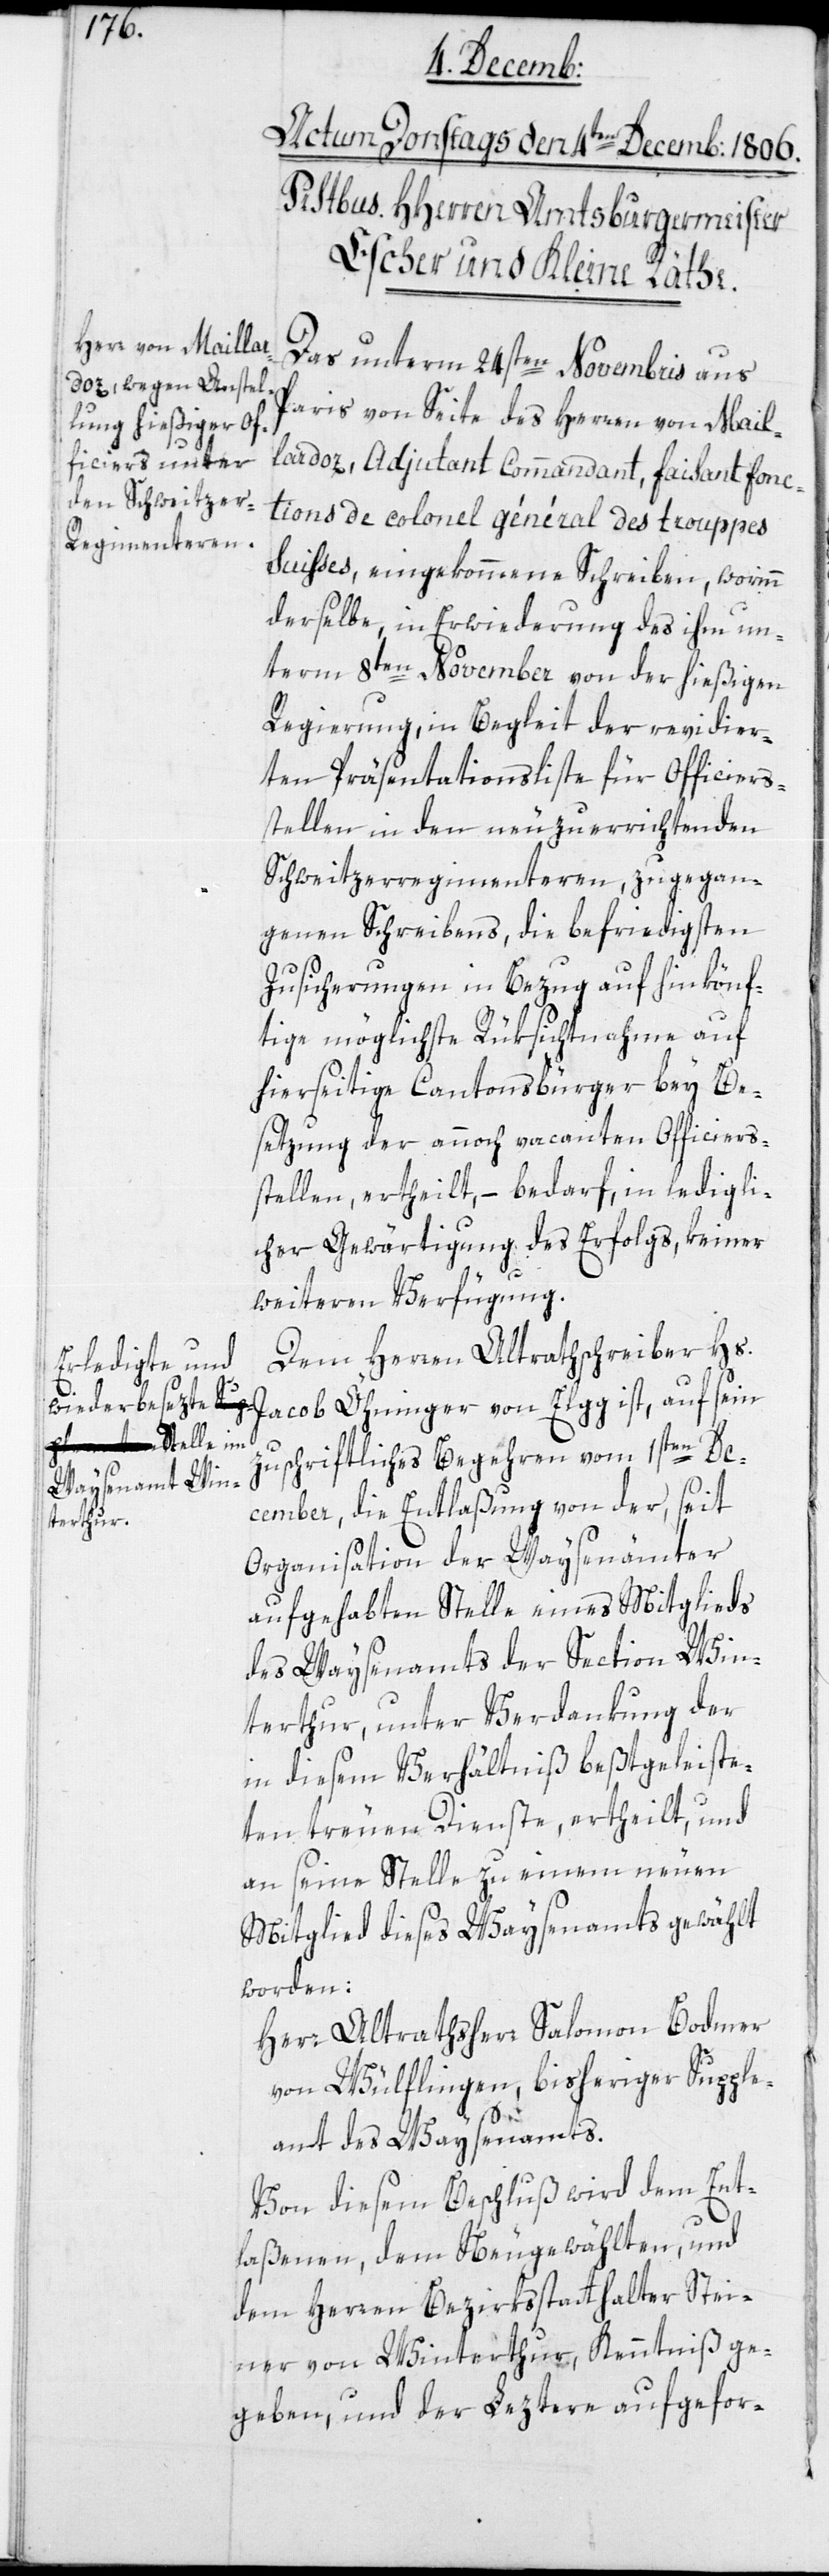
Das unterm 24sten Novembris aus
Paris von Seite des Herren von Mail¬
lardoz, Adjudant Commandant, faisant fonc¬
tions de colonel général des trouppes
Suisses, eingekommene Schreiben, worinn
derselbe, in Erwiderung des ihm un¬
term 8ten November von der hießigen
Regierung, in Begleit der revidier¬
ten Präsentationsliste für Officiers¬
stellen in den neuzuerrichtenden
Schweitzerregimenteren, zugegan¬
genen Schreibens, die befriedigsten
Zusicherungen in Bezug auf hinkönf¬
tige möglichste Rüksichtnahme auf
hierseitige Cantonsbürger bey Be¬
setzung der annoch vacanten Officiers¬
stellen, ertheilt, – bedarf, in ledigli¬
cher Gewärtigung des Erfolgs, keiner
weiteren Verfügung.
Dem Herren Altrathschreiber Hs.
zuschriftliches Begehren vom 1sten De¬
cember, die Entlaßung von der, seit
Organisation der Waysenämter
aufgehabten Stelle eines Mitglieds
des Waysenamts der Section Win¬
terthur, unter Verdankung der
in diesem Verhältnis beßtgeleiste¬
ten treuen Dienste, ertheilt, und
an seine Stelle zu einem neuen
Mitglied dieses Waysenamts gewählt
worden:
Herr Altrathsherr Salomon Bodmer
von Wülflingen, bisheriger Supple¬
ant des Waysenamts.
Von diesem Beschluß wird dem Ent¬
laßenen, den Neugewählten und
dem Herren Bezirksstatthalter Stei¬
ner von Winterthur, Kenntniß ge¬
geben, und der Leztere aufgefor-